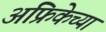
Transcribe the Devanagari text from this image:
अफ्रिकेच्या